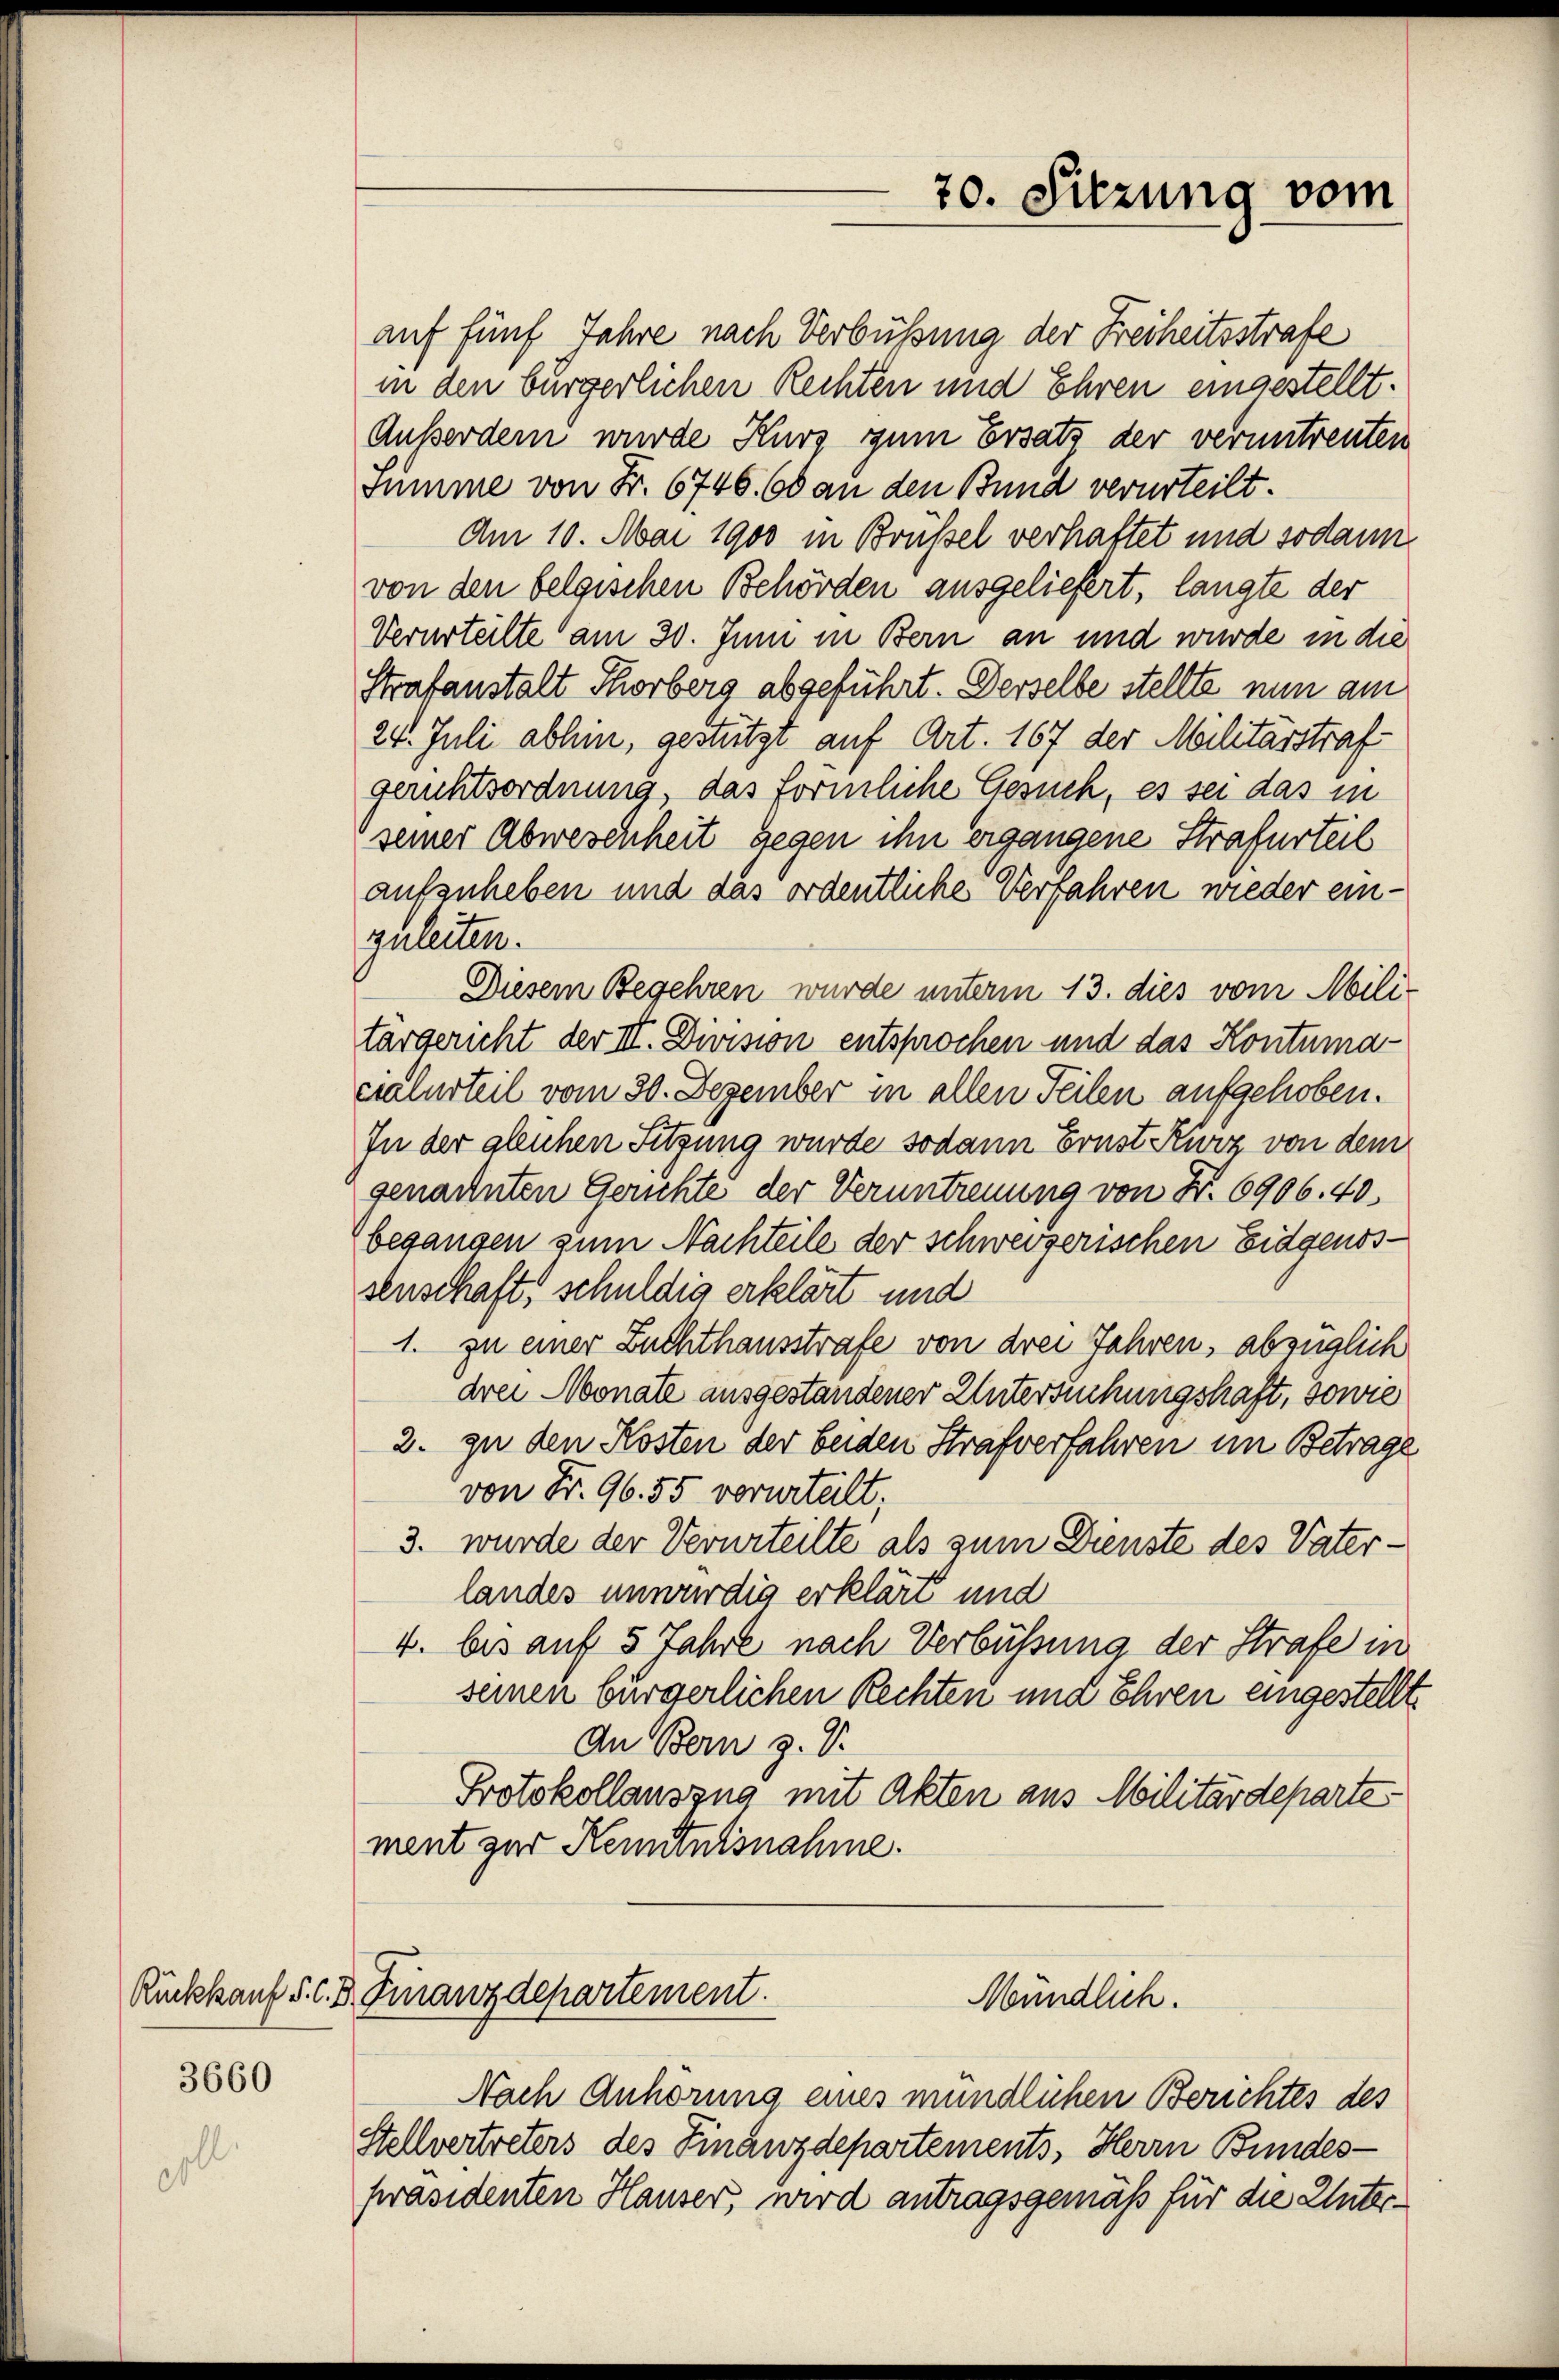
3660

Rückkauf 5 c. d. Finanzdepartement.
Mündlich.

auf fünf Jahre nach Verbüßung der Freiheitsstrafe
in den bürgerlichen Rechten und Ehren eingestellt.
Außerdem wurde Kurs zum Ersatz der veruntreuten
summe von Fr. 6746. 60 an den Bund verurteilt.
Am 10. Mai 1900 in Brüssel verhaftet und sodann
von den belgischen Behörden ausgeliefert, langte der
Verurteilte am 30. Juni in Bern an und wurde in die
Strafanstalt Thorberg abgeführt. Derselbe stellte nun am
24. Juli abhin, gestützt auf Art. 167 der Militärstraf
gerichtsordnung, das förmliche Gesuch, es sei das in
seiner Abweschheit gegen ihn ergangene Strafurteil
aufzuheben und das ordentliche Verfahren wieder einzuleiten.
Diesem Begehren wurde unterm 13. dies vom Mili-
targericht der III. Division entsprochen und das Kontuma
cialurteil vom 30. Dezember in allen Teilen aufgehoben.
In der gleichen Sitzung wurde sodann Ernst Kurz von dem
genannten Gerichte der Veruntreuung von No. 6906. 40.
begangen zum Nachteile der schweizerischen Eidgenossenschaft, schuldig erklärt und
1. zu einer Zuchthausstrafe von drei Jahren, abzüglich
drei Monate ausgestandener Untersuchungshaft, sowie
2. zu den Kosten der beiden Strafverfahren im Betrage
von Fr. 96. 55 vorurteilt,
3. wurde der Verurteilte als zum Dienste des Vaterlandes unwürdig erklärt und
4. bis auf 5 Jahre nach Verbüssung der Strafe in
seinen bürgerlichen Rechten und Ehren eingestellt
An Bern z. V.
Protokollauszug mit Akten aus Militärdepartes
ment zur Kenntnisnahme.

Nach Anhörung eines mündlichen Berichtes des
Stellvertreters des Finanzdepartements, Herrn Bundes-
präsidenten Hauser, wird antragsgemäß für die Unter¬

70. Sitzung vom